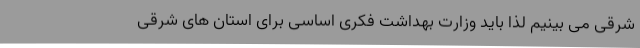
شرقی می بینیم لذا باید وزارت بهداشت فکری اساسی برای استان های شرقی